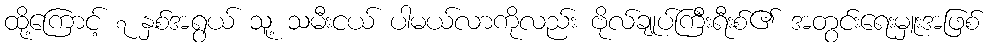
ထို့ကြောင့် ၇ နှစ်အရွယ် သူ့ သမီးငယ် ပါမယ်လာကိုလည်း ဗိုလ်ချုပ်ကြီးရီးစ်၏ အတွင်းရေးမှူးအဖြစ်